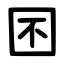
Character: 囨